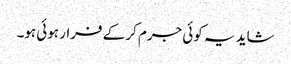
شاید یہ کوئی جرم کر کے فرار ہوئی ہو۔